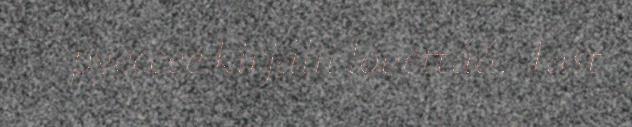
pyeccee kirjálii lovettáá. Tast